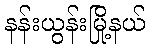
နန်းယွန်းမြို့နယ်